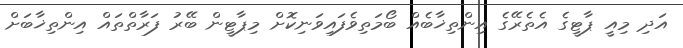
އަދި މިއީ ޕާޓީގެ އެތެރޭގެ އިންތިޚާބެއް ބޯމަތިވެފައިވަނިކޮށް މިޕާޓީން ބޭރު ފަރާތްތައް އިންތިޚާބަށް